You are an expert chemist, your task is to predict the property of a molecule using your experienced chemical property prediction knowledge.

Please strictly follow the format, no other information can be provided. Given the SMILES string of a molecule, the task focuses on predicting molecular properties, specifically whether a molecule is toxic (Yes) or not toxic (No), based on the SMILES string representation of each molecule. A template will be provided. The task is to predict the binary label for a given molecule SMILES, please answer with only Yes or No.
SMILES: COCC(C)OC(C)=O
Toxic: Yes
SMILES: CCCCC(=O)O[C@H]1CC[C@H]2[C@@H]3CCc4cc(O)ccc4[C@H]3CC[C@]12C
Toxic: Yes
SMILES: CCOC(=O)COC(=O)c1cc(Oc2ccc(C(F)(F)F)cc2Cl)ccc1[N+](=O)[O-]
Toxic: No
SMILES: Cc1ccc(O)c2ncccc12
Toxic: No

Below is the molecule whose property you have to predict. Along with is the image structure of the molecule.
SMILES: CCC(CC)(CC(=O)Nc1cccc(/C=C/c2nc(C3CCC3)cs2)c1)C(=O)O
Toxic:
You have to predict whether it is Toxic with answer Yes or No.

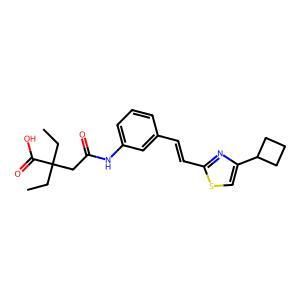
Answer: No